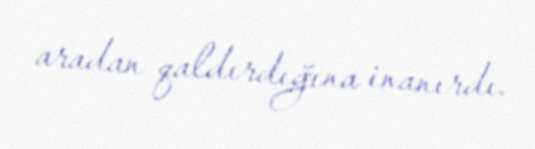
aradan qaldırdığına inanırdı.